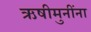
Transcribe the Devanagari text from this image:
ऋषीमुनींना